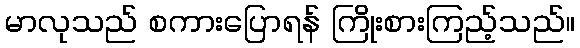
မာလုသည် စကားပြောရန် ကြိုးစားကြည့်သည်။